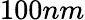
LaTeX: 100nm